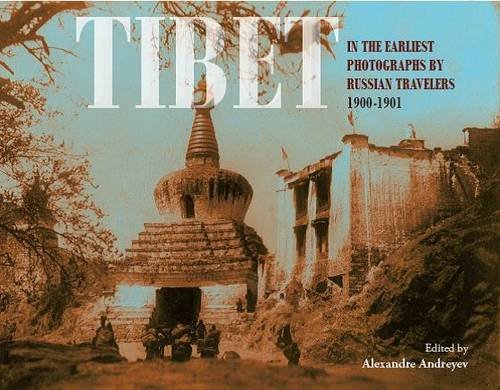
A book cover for Tibet: In the Earliest Photographs by Russian Travellers: 1900-1901; Alexandre Andreyev; Travel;